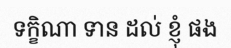
ទក្ខិណា ទាន ដល់ ខ្ញុំ ផង